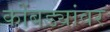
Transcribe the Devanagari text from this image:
कोंबड्यांवर